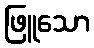
ဖြူသော